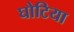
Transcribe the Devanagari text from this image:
घोटिया